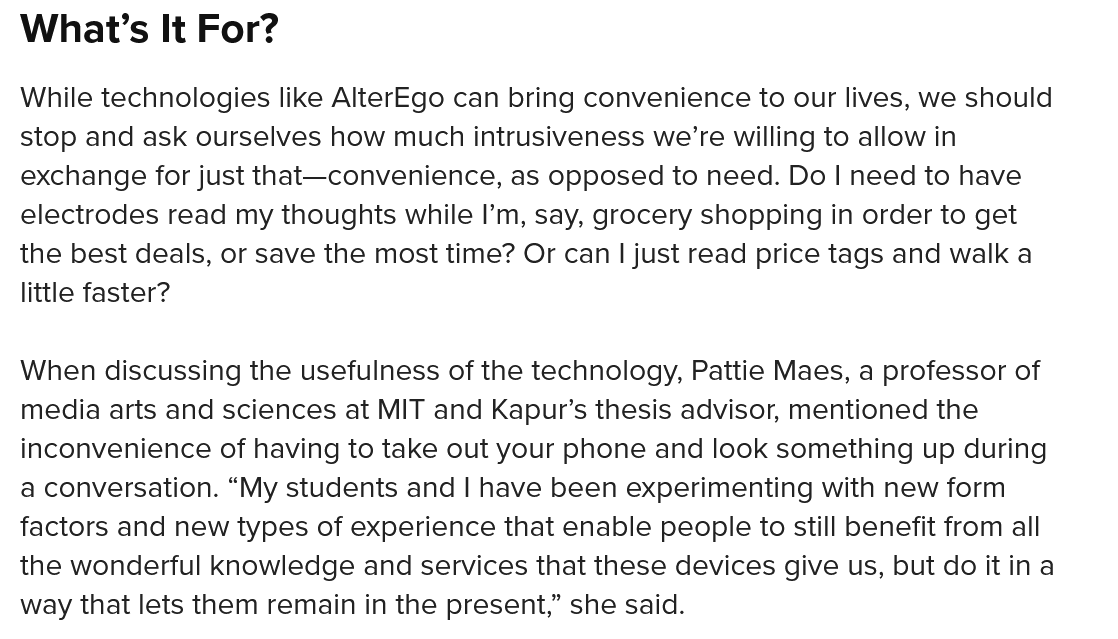
What’s   It For?
  While technologies like AlterEgo can bring convenience to our lives, we should
  stop and ask ourselves how much intrusiveness we’re willing to allow in
  exchange for just that—convenience, as opposed to need. Do | need to have
  electrodes read my thoughts while I’m, say, grocery shopping in order to get
  the best deals, or save the most time? Or can | just read price tags and walk a
  little faster?
  When discussing the usefulness of the technology, Pattie Maes, a professor of
  media arts and sciences at MIT and Kapur’s thesis advisor, mentioned the
  inconvenience of having to take out your phone and look something up during
  a conversation. “My students and | have been experimenting with new form
  factors and new types of experience that enable people to still benefit from all
  the wonderful knowledge and services that these devices give us, but do it ina
  way that lets them remain in the present,” she said.